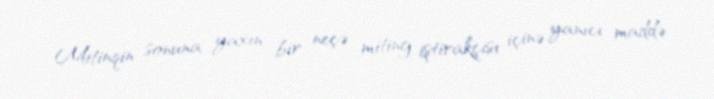
Mitinqin sonuna yaxın bir neçə miting iştirakçısı içinə yanıcı maddə